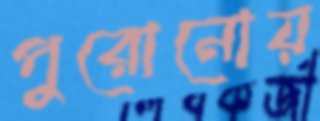
পুরোনোয়